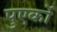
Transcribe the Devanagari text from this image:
पुएर्को